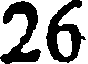
26